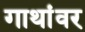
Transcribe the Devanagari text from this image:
गाथांवर